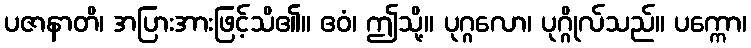
ပဇာနာတိ၊ အပြားအားဖြင့်သိ၏။ ဧဝံ၊ ဤသို့။ ပုဂ္ဂလော၊ ပုဂ္ဂိုလ်သည်။ ပက္ကော၊